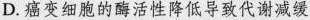
D.癌变细胞的酶活性降低导致代谢减缓